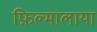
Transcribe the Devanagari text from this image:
फ़िल्मालाया